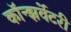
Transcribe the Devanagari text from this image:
कॉन्झर्वेटरी